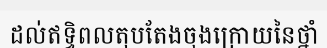
ដល់ឥទ្ធិពលតុបតែងចុងក្រោយនៃថ្នាំ